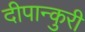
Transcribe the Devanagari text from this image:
दीपान्कुरी